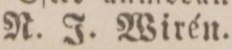
N. J. Wirén.